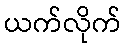
ယက်လိုက်